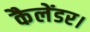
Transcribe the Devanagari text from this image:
कैलेंडर।